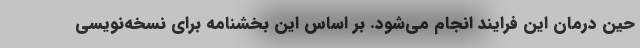
حین درمان این فرایند انجام می‌شود. بر اساس این بخشنامه برای نسخه‌نویسی